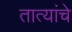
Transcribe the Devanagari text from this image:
तात्यांचे